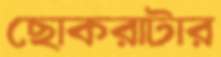
ছোকরাটার